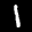
Label: 1